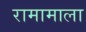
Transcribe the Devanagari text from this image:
रामामाला